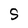
Character: S